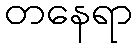
တနေရာ